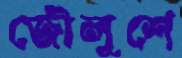
জৌলুশে